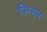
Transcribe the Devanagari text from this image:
पिन्सर